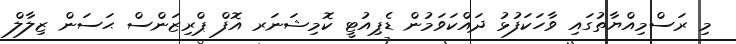
މި ރަސްމިއްޔާތުގައި ވާހަކަފުޅު ދައްކަވަމުން ޑެޕިއުޓީ ކޮމިޝަނަރ އޮފް ޕްރިޒަންސް ޙަސަން ޒިލާލް